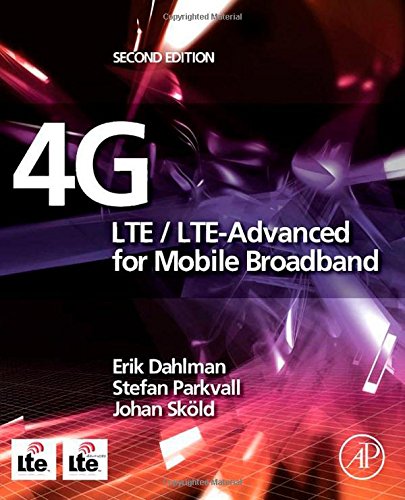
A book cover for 4G: LTE/LTE-Advanced for Mobile Broadband, Second Edition; Erik Dahlman; Crafts, Hobbies & Home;